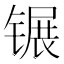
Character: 𬭫